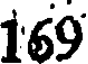
169